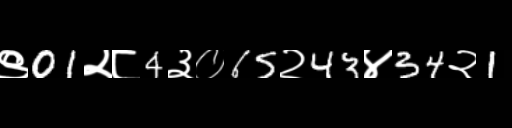
Text: ९01२८4३०65२43४34२1